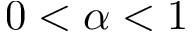
0 < \alpha < 1